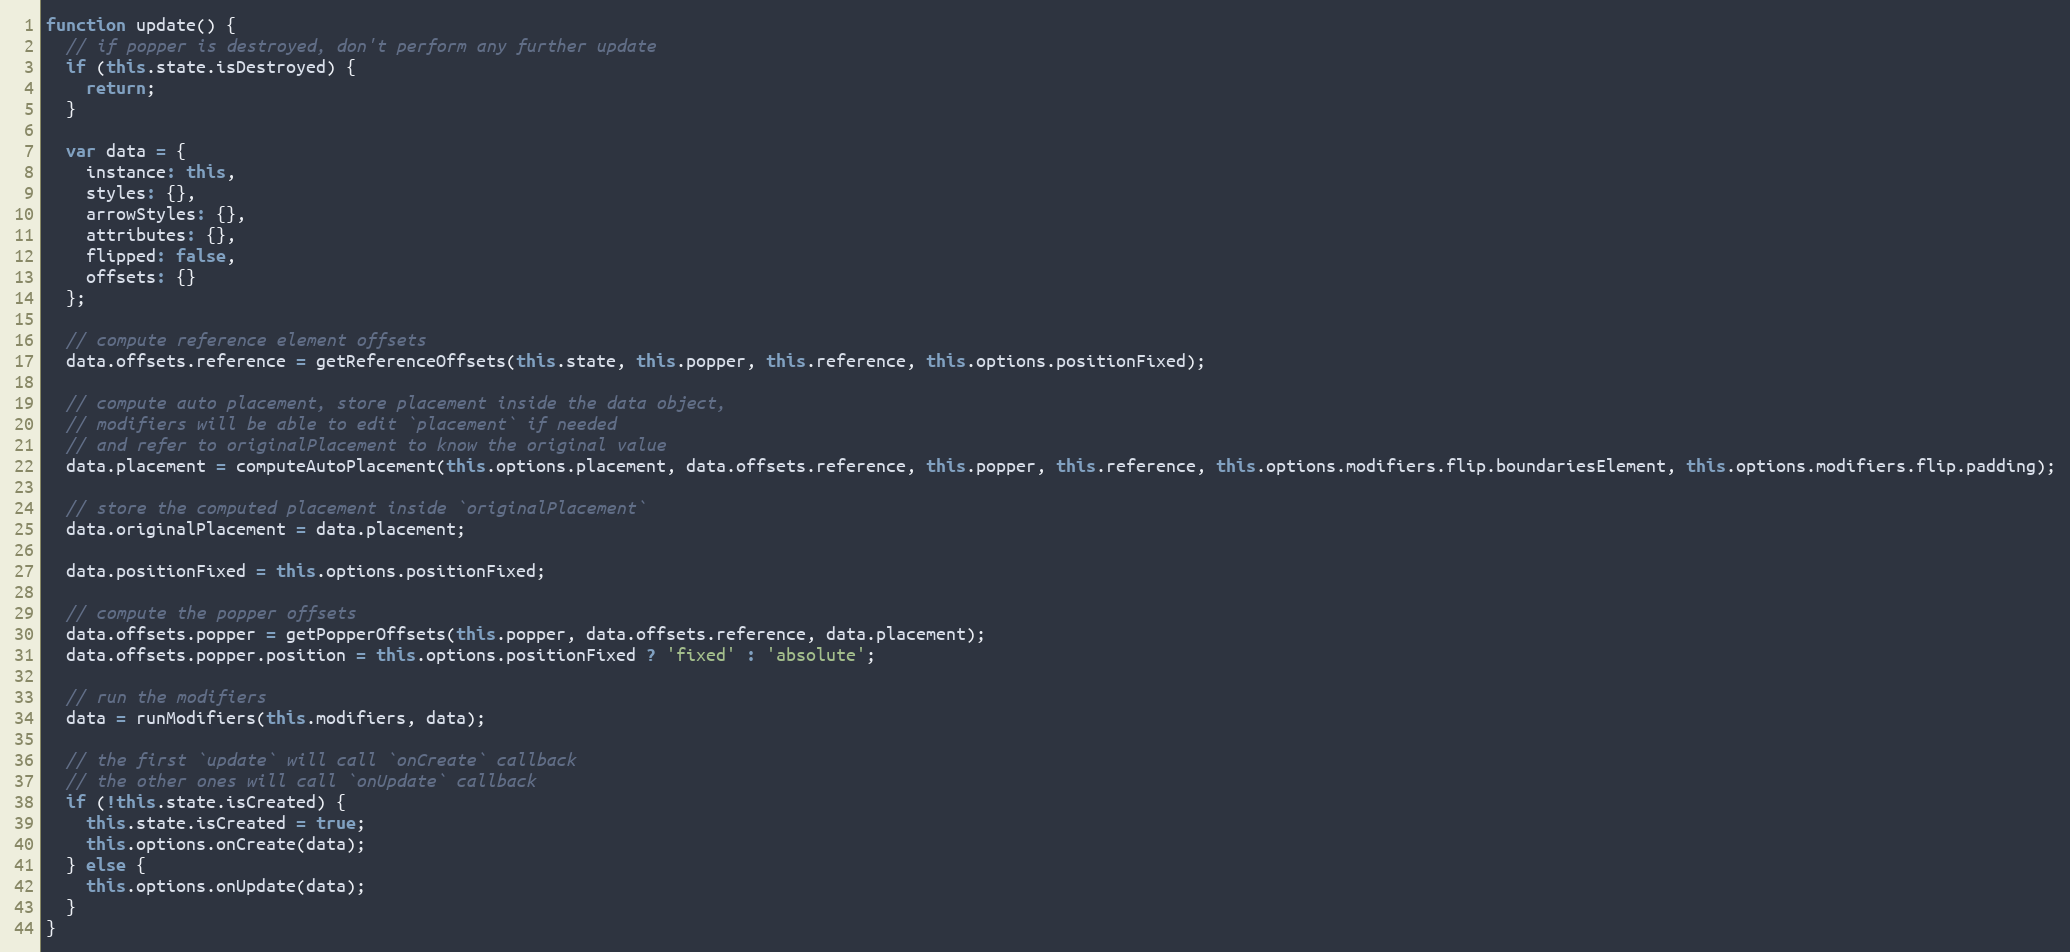
Language: JavaScript
function update() {
  // if popper is destroyed, don't perform any further update
  if (this.state.isDestroyed) {
    return;
  }

  var data = {
    instance: this,
    styles: {},
    arrowStyles: {},
    attributes: {},
    flipped: false,
    offsets: {}
  };

  // compute reference element offsets
  data.offsets.reference = getReferenceOffsets(this.state, this.popper, this.reference, this.options.positionFixed);

  // compute auto placement, store placement inside the data object,
  // modifiers will be able to edit `placement` if needed
  // and refer to originalPlacement to know the original value
  data.placement = computeAutoPlacement(this.options.placement, data.offsets.reference, this.popper, this.reference, this.options.modifiers.flip.boundariesElement, this.options.modifiers.flip.padding);

  // store the computed placement inside `originalPlacement`
  data.originalPlacement = data.placement;

  data.positionFixed = this.options.positionFixed;

  // compute the popper offsets
  data.offsets.popper = getPopperOffsets(this.popper, data.offsets.reference, data.placement);
  data.offsets.popper.position = this.options.positionFixed ? 'fixed' : 'absolute';

  // run the modifiers
  data = runModifiers(this.modifiers, data);

  // the first `update` will call `onCreate` callback
  // the other ones will call `onUpdate` callback
  if (!this.state.isCreated) {
    this.state.isCreated = true;
    this.options.onCreate(data);
  } else {
    this.options.onUpdate(data);
  }
}